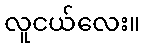
လူငယ်လေး။